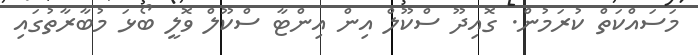
މަސައްކަތް ކުރަމުން. ގޮއިދޫ ސްކޫލް އިން އިންޓާ ސްކޫލް ވޮލީ ބޯޅަ މުބާރާތުގައި